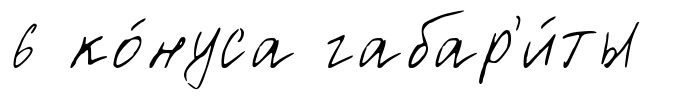
6 ко́нуса габар'и́ты